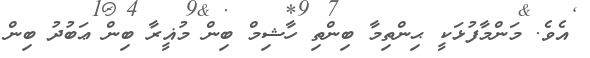
އެވެ. މަންމާފުޅަކީ ޙިންތިމާ ބިންތި ހާޝިމް ބިން މުޣީރާ ބިން ޢަބުދު ބިން